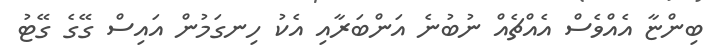
ބިންޏާ އެއްވެސް އެއްޗެއް ނުބުނެ އަންބަރާއި އެކު ހިނގަމުން އައިސް ގޭގެ ގޭޓު